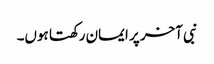
نبی آخر پر ایمان رکھتا ہوں۔